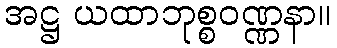
အဋ္ဌ ယထာဘုစ္စဝဏ္ဏနာ။